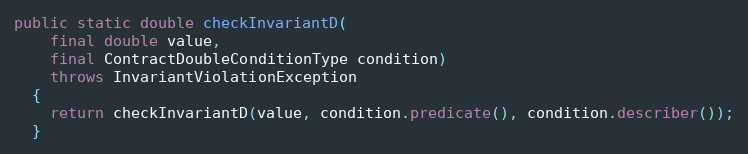
Language: Java
public static double checkInvariantD(
    final double value,
    final ContractDoubleConditionType condition)
    throws InvariantViolationException
  {
    return checkInvariantD(value, condition.predicate(), condition.describer());
  }